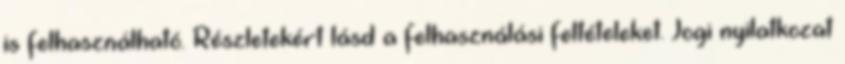
is felhasználható. Részletekért lásd a felhasználási feltételeket. Jogi nyilatkozat